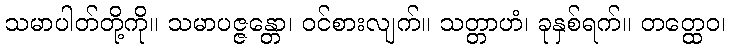
သမာပါတ်တို့ကို။ သမာပဇ္ဇန္တော၊ ဝင်စားလျက်။ သတ္တာဟံ၊ ခုနှစ်ရက်။ တတ္ထေဝ၊